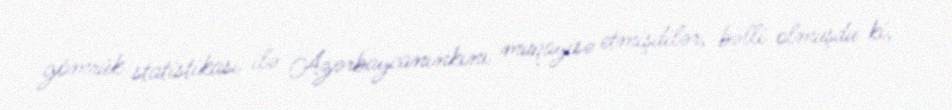
gömrük statistikası ilə Azərbaycanınkını müqayisə etmişdilər, bəlli olmuşdu ki,